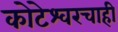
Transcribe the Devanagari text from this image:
कोटेश्वरचाही